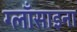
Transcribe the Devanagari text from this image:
ग्लाँसाइना